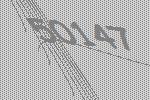
50147